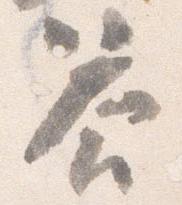
答